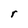
Character: r